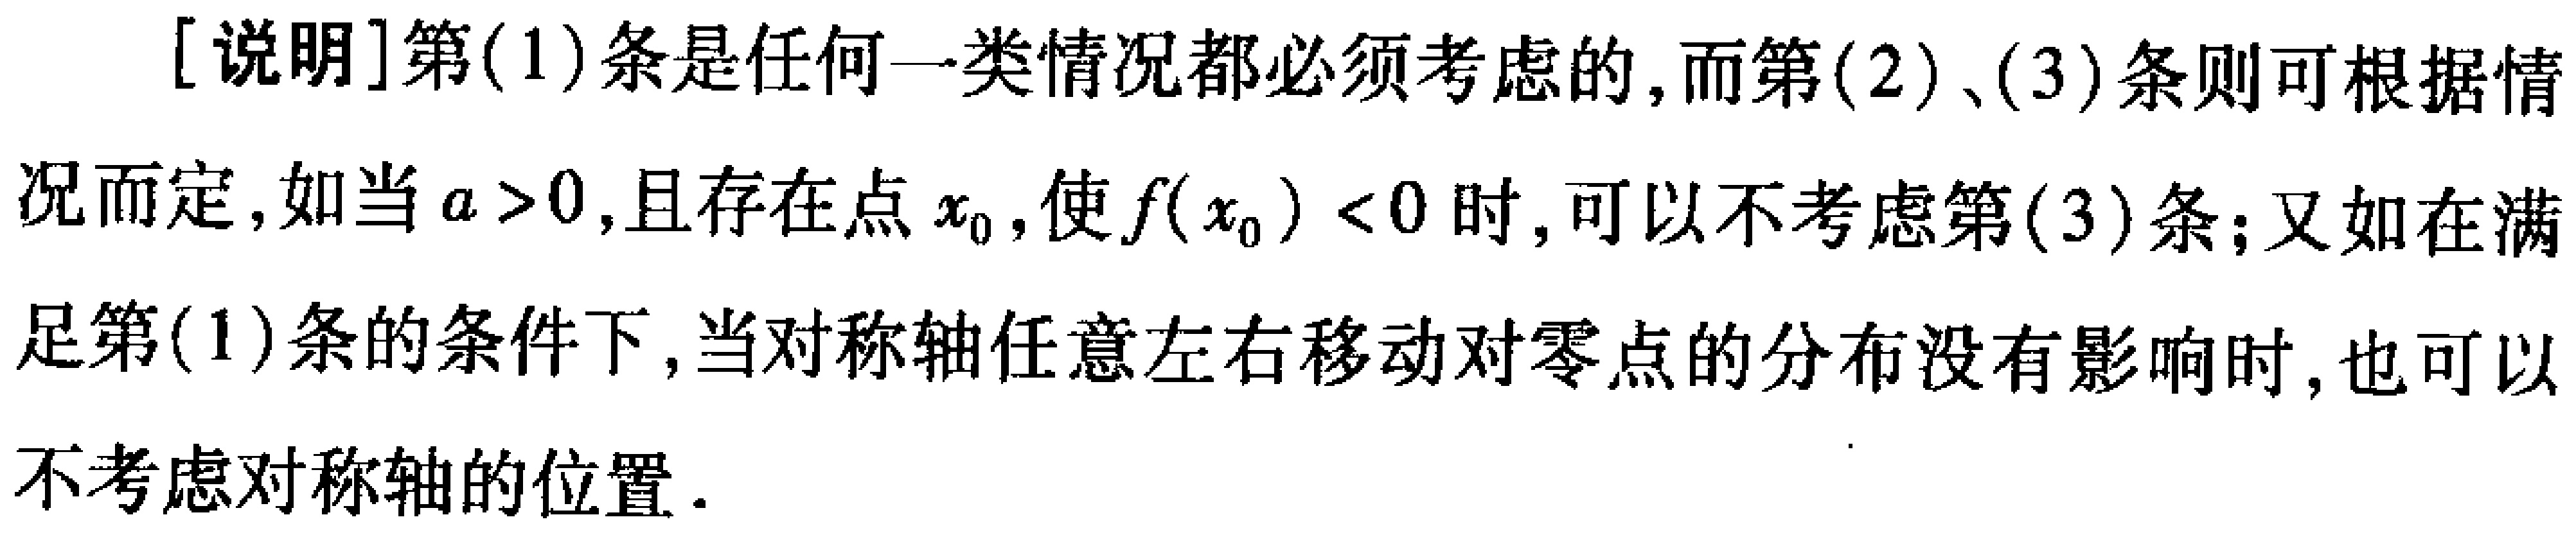
[说明]第(1)条是任何一类情况都必须考虑的,而第(2)、(3)条则可根据情况而定,如当$a > 0$,且存在点$x_0$,使$f(x_0) < 0$时,可以不考虑第(3)条;又如在满足第(1)条的条件下,当对称轴任意左右移动对零点的分布没有影响时,也可以不考虑对称轴的位置.